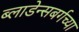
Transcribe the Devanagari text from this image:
ब्लाडेन्सबर्गच्या